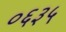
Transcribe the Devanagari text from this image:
०६३५